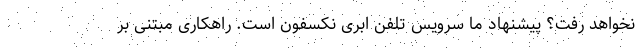
نخواهد رفت؟ پیشنهاد ما سرویس تلفن ابری نکسفون است. راهکاری مبتنی بر